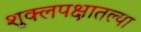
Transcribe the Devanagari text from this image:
शुक्लपक्षातल्या